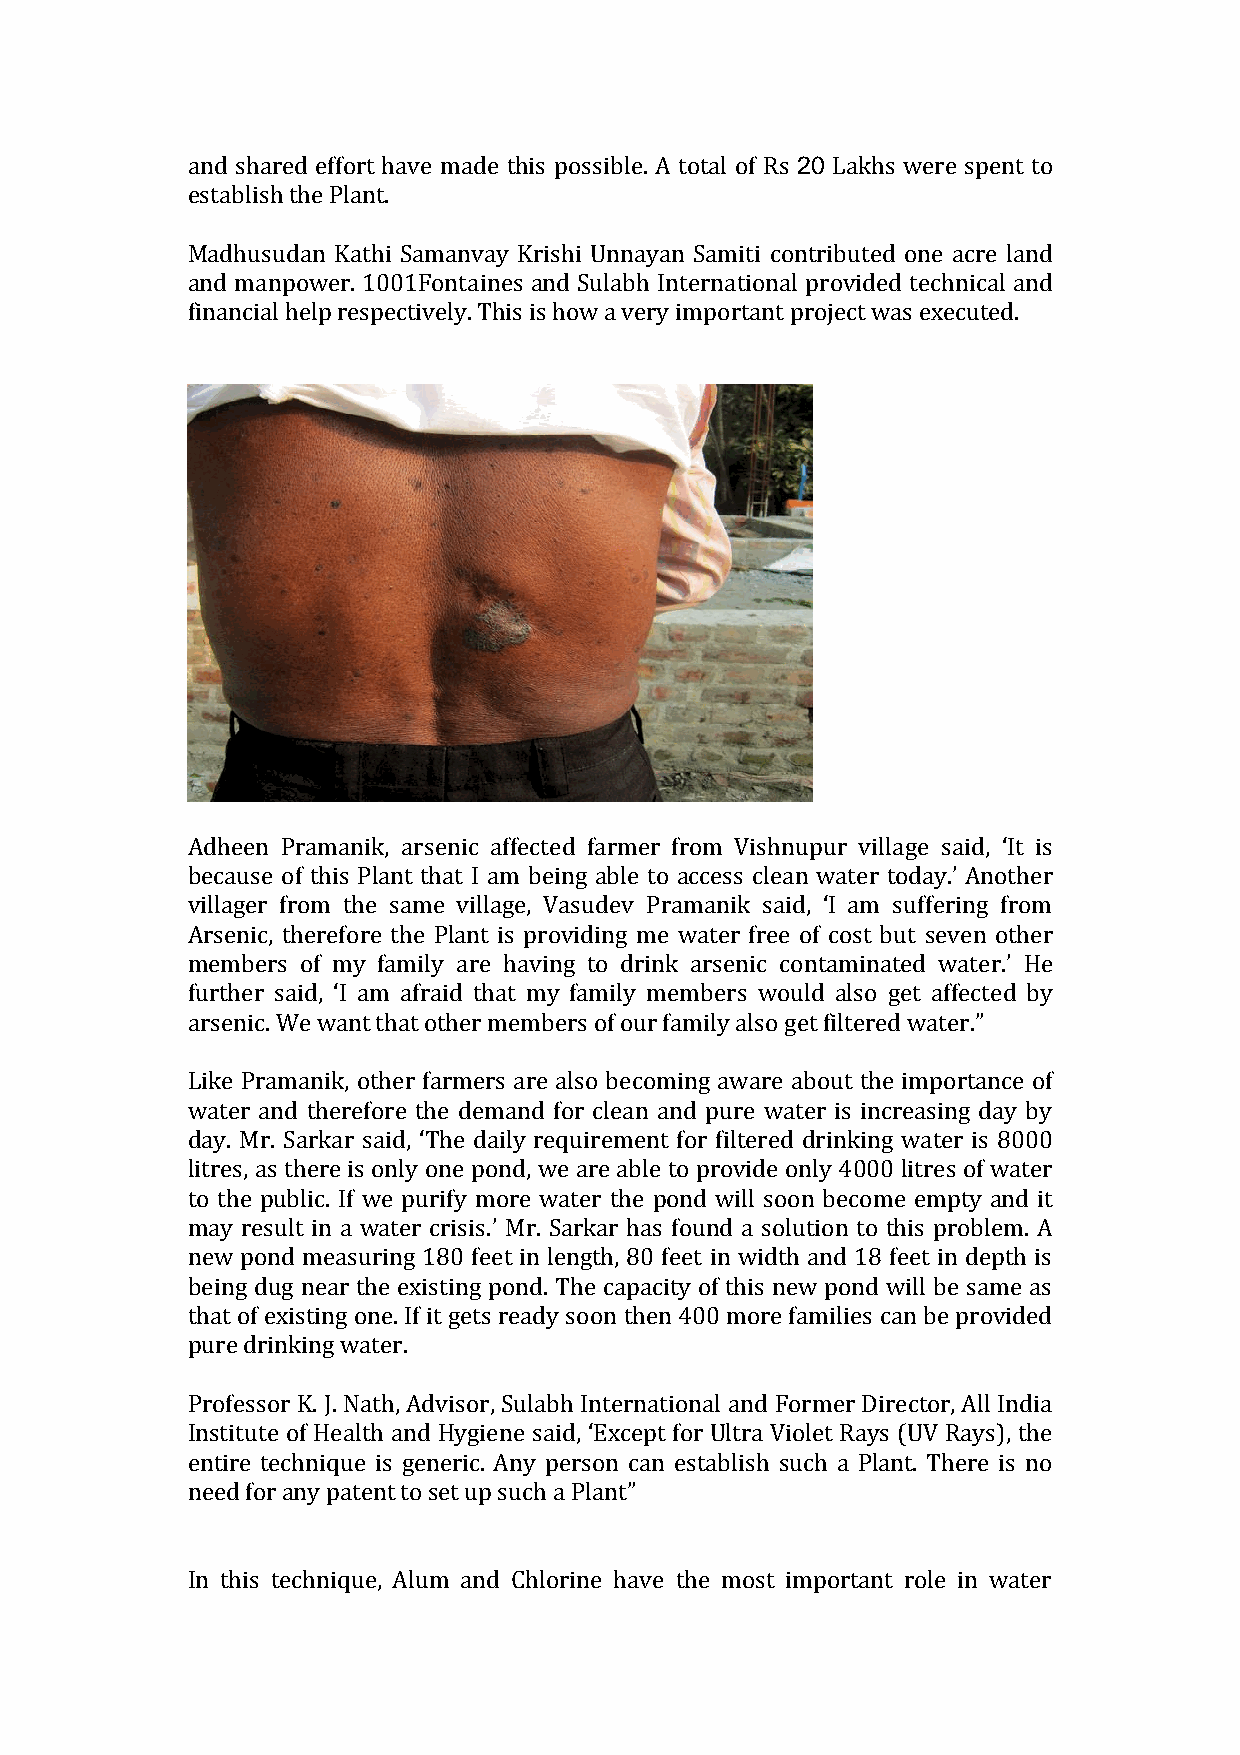
and shared effort have made this possible. A total of Rs 20 Lakhs were spent to
 establish the Plant.
 Madhusudan Kathi Samanvay Krishi Unnayan Samiti contributed one acre land
 and manpower. 1001Fontaines and Sulabh International provided technical and
 financial help respectively. This is how a very important project was executed.
 Adheen Pramanik, arsenic affected farmer from Vishnupur village said, ‘It is
 because of this Plant that I am being able to access clean water today.’ Another
 villager from the same village, Vasudev Pramanik said, ‘I am suffering from
 Arsenic, therefore the Plant is providing me water free of cost but seven other
 members of my family are having to drink arsenic contaminated water.’ He
 further said, ‘I am afraid that my family members would also get affected by
 arsenic. We want that other members of our family also get filtered water.”
 Like Pramanik, other farmers are also becoming aware about the importance of
 water and therefore the demand for clean and pure water is increasing day by
 day. Mr. Sarkar said, ‘The daily requirement for filtered drinking water is 8000
 litres, as there is only one pond, we are able to provide only 4000 litres of water
 to the public. If we purify more water the pond will soon become empty and it
 may result in a water crisis.’ Mr. Sarkar has found a solution to this problem. A
 new pond measuring 180 feet in length, 80 feet in width and 18 feet in depth is
 being dug near the existing pond. The capacity of this new pond will be same as
 that of existing one. If it gets ready soon then 400 more families can be provided
 pure drinking water.
 Professor K. J. Nath, Advisor, Sulabh International and Former Director, All India
 Institute of Health and Hygiene said, ‘Except for Ultra Violet Rays (UV Rays), the
 entire technique is generic. Any person can establish such a Plant. There is no
 need for any patent to set up such a Plant”
 In this technique, Alum and Chlorine have the most important role in water